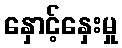
နှောင့်နှေးမှု